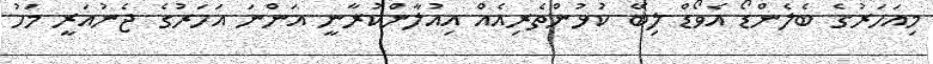
މިއަހަރުގެ ބެލެންޑޯ އެވޯޑް ލިބޭ ކުޅުންތެރިއެއް އިއުލާންކުރާނީ އަންނަ އަހަރުގެ ޖެނުއަރީ މަހު